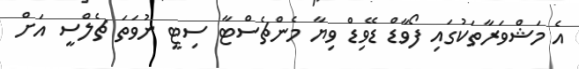
އެ މަޝްވަރާތަކުގައި ފޯވާޑް ޑޭވިޑް ވިޔާ މެންޗެސްޓާ ސިޓީ ނުވަތަ ޗެލްސީ އަށް